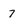
Character: 7